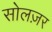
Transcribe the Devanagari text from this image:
सोलज़र